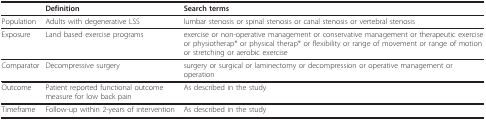
|  | Definition | Search terms |
 | --- | --- | --- |
 | Population | Adults with degenerative LSS | lumbar stenosis or spinal stenosis or canal stenosis or vertebral stenosis |
 | Exposure | Land based exercise programs | exercise or non-operative management or conservative management or therapeutic exercise or physiotherap* or physical therap* or flexibility or range of movement or range of motion or stretching or aerobic exercise |
 | Comparator | Decompressive surgery | surgery or surgical or laminectomy or decompression or operative management or operation |
 | Outcome | Patient reported functional outcome measure for low back pain | As described in the study |
 | Timeframe | Follow-up within 2-years of intervention | As described in the study |